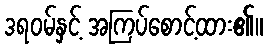
ဒရဝမ်နှင့် အကြပ်စောင့်ထား၏။